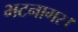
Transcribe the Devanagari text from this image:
भटनागर।